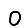
Digit: 0